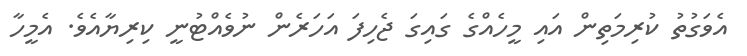
އެވަގުތު ކުރިމަތިން އައި މީހެއްގެ ގައިގަ ޖެހިފަ އަހަރެން ނުވެއްޓުނީ ކިރިޔާއެވެ. އެމީހާ